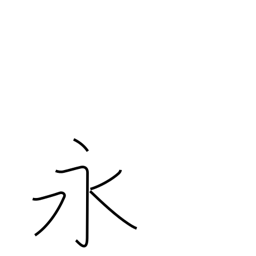
Meaning: long